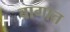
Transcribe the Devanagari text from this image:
बागात